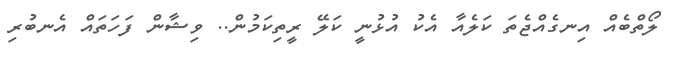
ލޯތްބެއް އިނގެއްޖެތަ ކަލެއާ އެކު އުޅުނީ ކަލޭ ރީތިކަމުން.. ވިޝާން ފަހަތައް އެނބުރި